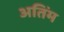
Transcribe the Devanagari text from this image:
अतिंम